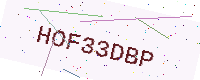
Text: HOF33DBP